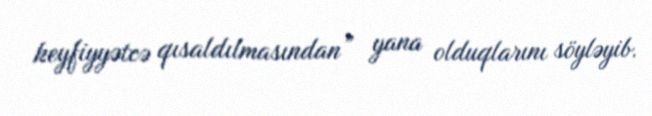
keyfiyyətcə qısaldılmasından” yana olduqlarını söyləyib.